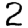
Digit: 2